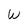
Character: W